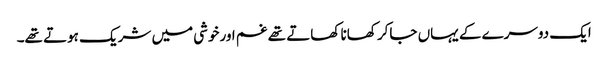
ایک دوسرے کے یہاں جاکر کھانا کھاتے تھے غم اورخوشی میں شریک ہوتے تھے۔